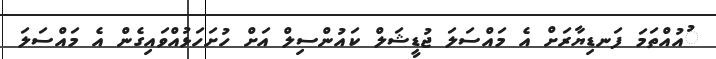
ުއުއްތަމަ ފަނޑިޔާރަށް އެ މައްސަލަ ޖުޑީޝަލް ކައުންސިލް އަށް ހުށަހަޅުއްވައިގެން އެ މައްސަލަ